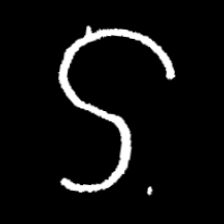
Pyu character \u2014 Myanmar letter: ဌ (romanized: ttha)